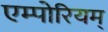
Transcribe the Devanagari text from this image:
एम्पोरियम्